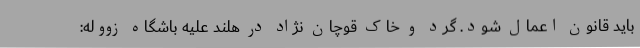
باید قانون اعمال شود. گرد و خاک قوچان نژاد در هلند علیه باشگاه زووله: